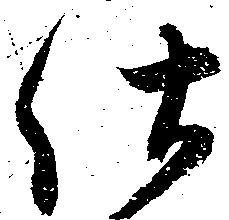
仕